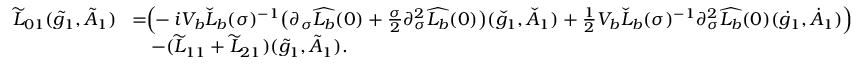
\begin{array} { r l } { \widetilde { L } _ { 0 1 } ( \tilde { g } _ { 1 } , \tilde { A } _ { 1 } ) \! } & { = \! \! \Big ( \! \! - i V _ { b } \check { L } _ { b } ( \sigma ) ^ { - 1 } \big ( \partial _ { \sigma } \widehat { L _ { b } } ( 0 ) + \frac { \sigma } { 2 } \partial _ { \sigma } ^ { 2 } \widehat { L _ { b } } ( 0 ) \big ) ( \check { g } _ { 1 } , \check { A } _ { 1 } ) + \frac { 1 } { 2 } V _ { b } \check { L } _ { b } ( \sigma ) ^ { - 1 } \partial _ { \sigma } ^ { 2 } \widehat { L _ { b } } ( 0 ) ( \dot { g } _ { 1 } , \dot { A } _ { 1 } ) \Big ) } \\ & { \quad - ( \widetilde { L } _ { 1 1 } + \widetilde { L } _ { 2 1 } ) ( \tilde { g } _ { 1 } , \tilde { A } _ { 1 } ) . } \end{array}